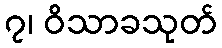
၇၊ ဝိသာခသုတ်